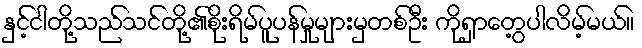
နှင့်ငါတို့သည်သင်တို့၏စိုးရိမ်ပူပန်မှုများမှတစ်ဦး ကိုရှာတွေ့ပါလိမ့်မယ်။